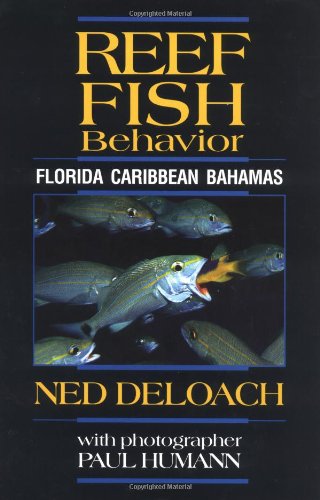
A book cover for Reef Fish Behavior: Florida, Caribbean, Bahamas; Ned DeLoach; Sports & Outdoors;